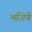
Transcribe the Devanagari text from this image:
भजिये